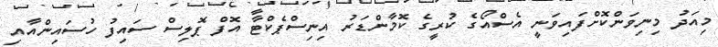
މިއަދު މިނިވަންކޮށްފައިވަނީ އެސްއޯގެ ކުރީގެ ކޮމާންޑަރު އިނިސްޕެކްޓާ އޮފް ޕޮލިސް ސައިފު ހުސައިންއާއި